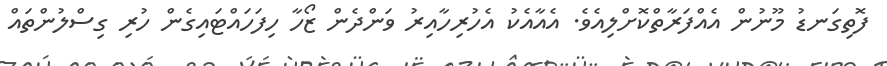
ފޮތިގަނޑު މޫނުން އެއްފަރާތްކޮށްލިއެވެ. އެއާއެކު އެހުރިހާއިރު ވަންދެން ޒޯހާ ހިފަހައްޓައިގެން ހުރި ގިސްލުންތައް